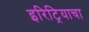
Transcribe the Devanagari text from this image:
इरिट्रियाचा